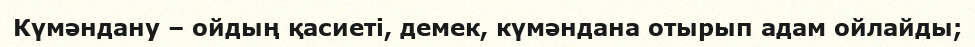
Күмәндану – ойдың қасиеті, демек, күмәндана отырып адам ойлайды;